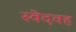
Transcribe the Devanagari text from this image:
स्वेदवह